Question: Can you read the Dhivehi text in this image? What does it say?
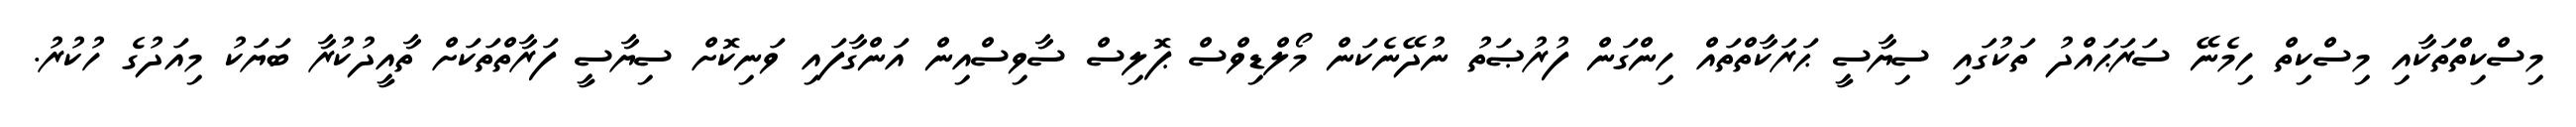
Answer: މިސްކިތްތަކާއި މިސްކިތް ހިމެނޭ ސަރަޙައްދު ތަކުގައި ސިޔާސީ ޙަރަކާތްތައް ހިންގަން ފުރުޞަތު ނުދޭނެކަން މޯލްޑިވްސް ޕޮލިސް ސާވިސްއިން އަންގާފައި ވަނިކޮށް ސިޔާސީ ފަރާތްތަކަށް ތާއީދުކުރާ ބަޔަކު މިއަދުގެ ހުކުރު.